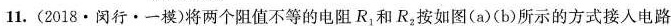
11.(2018·闵行·一模)将两个阻值不等的电阻R1和R，按如图(a)(b)所示的方式接入电路